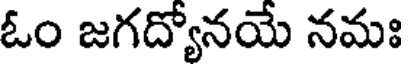
ఓం జగద్యోనయే నమః